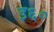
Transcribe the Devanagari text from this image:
इ६०